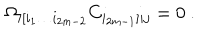
LaTeX: \Omega _ { i [ i _ { 1 } \dots i _ { 2 m - 2 } } C _ { i _ { 2 m - 1 } ] i j } = 0 \ .